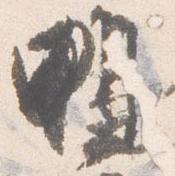
鴨